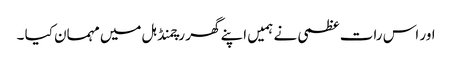
اور اس رات عظمی نے ہمیں اپنے گھر رچمنڈ ہل میں مہمان کیا ۔